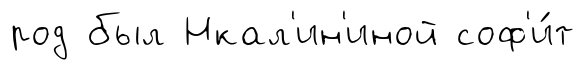
род был Нкал'ин'иной соф'и́т